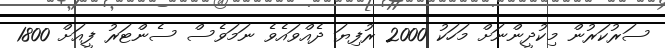
ސަރުކަރުން މިކުދީންނަށް މަހަކު 2000 ރުފިޔަ ދެއްވައެވެ ނަމަވެސް ސެންޓަރު ފީއަށް 1800